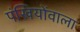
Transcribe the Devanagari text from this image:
पंखियोंवाला